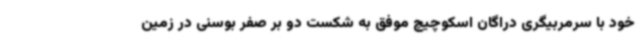
خود با سرمربیگری دراگان اسکوچیچ موفق به شکست دو بر صفر بوسنی در زمین